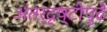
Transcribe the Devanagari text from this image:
अंतर्दृष्टीपुढे